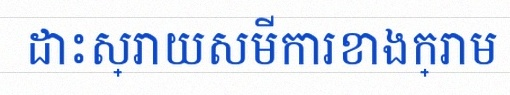
ដោះស្រាយសមីការខាងក្រោម